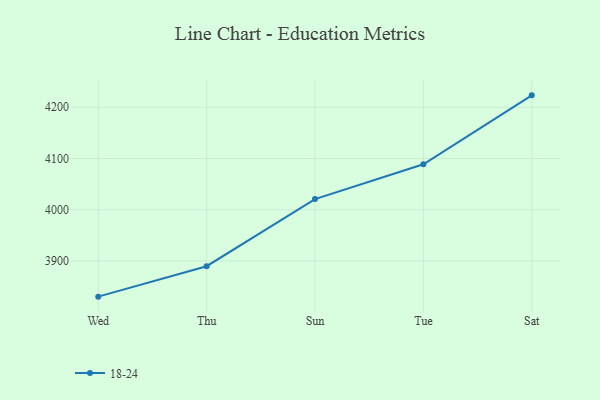
{"axis": {"x": "Day", "y": "Operating Costs (USD K)"}, "legend": ["18-24"], "data": [{"x": "Wed", "y": 3830.3, "type": "18-24"}, {"x": "Thu", "y": 3889.7, "type": "18-24"}, {"x": "Sun", "y": 4020.8, "type": "18-24"}, {"x": "Tue", "y": 4088.8, "type": "18-24"}, {"x": "Sat", "y": 4223.3, "type": "18-24"}]}